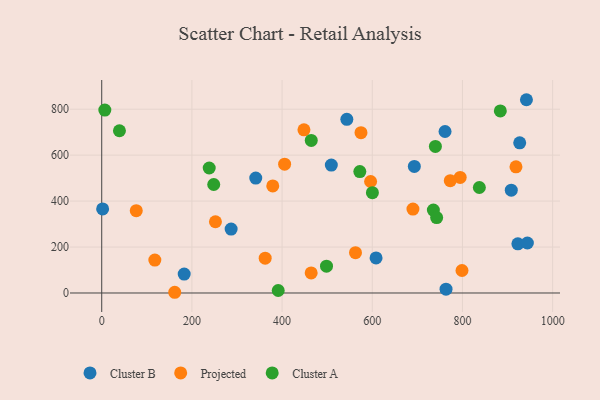
{"axis": {"x": "Investment", "y": "Fuel Efficiency"}, "legend": ["Cluster A", "Cluster B", "Projected"], "data": [{"x": "763.6", "y": 16.8, "type": "Cluster B"}, {"x": "608.4", "y": 152.5, "type": "Cluster B"}, {"x": "908.3", "y": 447.6, "type": "Cluster B"}, {"x": "693.3", "y": 550.7, "type": "Cluster B"}, {"x": "341.6", "y": 500.2, "type": "Cluster B"}, {"x": "182.9", "y": 82.5, "type": "Cluster B"}, {"x": "287.0", "y": 278.2, "type": "Cluster B"}, {"x": "922.9", "y": 213.9, "type": "Cluster B"}, {"x": "2.0", "y": 366.0, "type": "Cluster B"}, {"x": "944.0", "y": 217.6, "type": "Cluster B"}, {"x": "543.6", "y": 755.7, "type": "Cluster B"}, {"x": "927.0", "y": 653.4, "type": "Cluster B"}, {"x": "941.9", "y": 841.2, "type": "Cluster B"}, {"x": "509.2", "y": 556.9, "type": "Cluster B"}, {"x": "761.4", "y": 702.8, "type": "Cluster B"}, {"x": "252.2", "y": 310.0, "type": "Projected"}, {"x": "405.6", "y": 560.8, "type": "Projected"}, {"x": "562.8", "y": 175.6, "type": "Projected"}, {"x": "379.3", "y": 466.2, "type": "Projected"}, {"x": "575.0", "y": 697.8, "type": "Projected"}, {"x": "464.5", "y": 87.4, "type": "Projected"}, {"x": "690.2", "y": 365.3, "type": "Projected"}, {"x": "117.8", "y": 143.2, "type": "Projected"}, {"x": "799.0", "y": 97.9, "type": "Projected"}, {"x": "596.3", "y": 485.2, "type": "Projected"}, {"x": "362.5", "y": 151.4, "type": "Projected"}, {"x": "161.9", "y": 3.1, "type": "Projected"}, {"x": "448.5", "y": 710.2, "type": "Projected"}, {"x": "76.6", "y": 358.3, "type": "Projected"}, {"x": "918.7", "y": 549.0, "type": "Projected"}, {"x": "795.0", "y": 503.2, "type": "Projected"}, {"x": "773.0", "y": 488.9, "type": "Projected"}, {"x": "6.9", "y": 796.3, "type": "Cluster A"}, {"x": "39.3", "y": 706.2, "type": "Cluster A"}, {"x": "600.3", "y": 436.7, "type": "Cluster A"}, {"x": "884.0", "y": 792.4, "type": "Cluster A"}, {"x": "740.0", "y": 638.1, "type": "Cluster A"}, {"x": "498.5", "y": 116.7, "type": "Cluster A"}, {"x": "837.5", "y": 459.1, "type": "Cluster A"}, {"x": "391.4", "y": 10.9, "type": "Cluster A"}, {"x": "735.5", "y": 361.1, "type": "Cluster A"}, {"x": "248.4", "y": 472.1, "type": "Cluster A"}, {"x": "464.7", "y": 664.2, "type": "Cluster A"}, {"x": "572.4", "y": 528.5, "type": "Cluster A"}, {"x": "742.8", "y": 328.4, "type": "Cluster A"}, {"x": "238.4", "y": 544.0, "type": "Cluster A"}]}